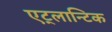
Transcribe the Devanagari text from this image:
एट्लान्टिक